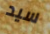
سيد